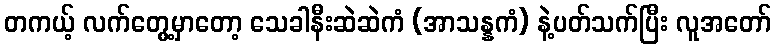
တကယ့် လက်တွေ့မှာတော့ သေခါနီးဆဲဆဲကံ (အာသန္နကံ) နဲ့ပတ်သက်ပြီး လူအတော်